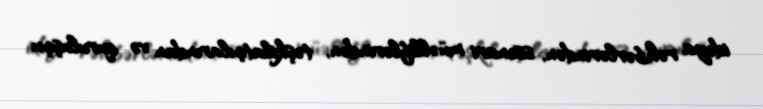
ideya rəhbərlərindən, ssenari müəlliflərindən, təşkilatçılarından və quruluşçu